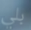
بلي